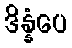
ဒိန္နံပေ